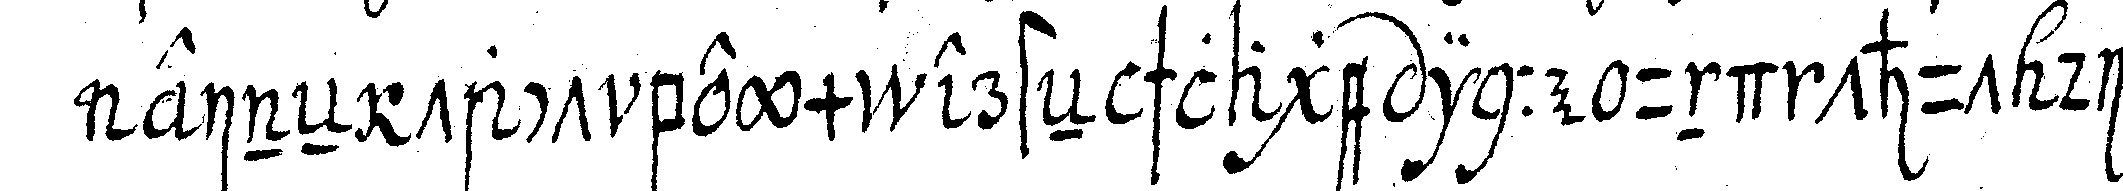
eineN tact beym ersteN schlage inne und thut die